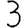
Digit: 3